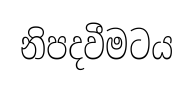
නිපදවීමටය